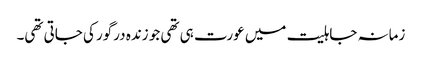
زمانہ جاہلیت میں عورت ہی تھی جو زندہ درگور کی جاتی تھی۔